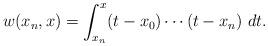
LaTeX: \begin{align*}\begin{aligned}w(x_n,x)&=\int_{x_n}^{x}(t-x_0)\cdots(t-x_n)\ dt.\end{aligned}\end{align*}